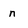
Character: n